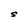
Character: S